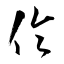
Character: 倫